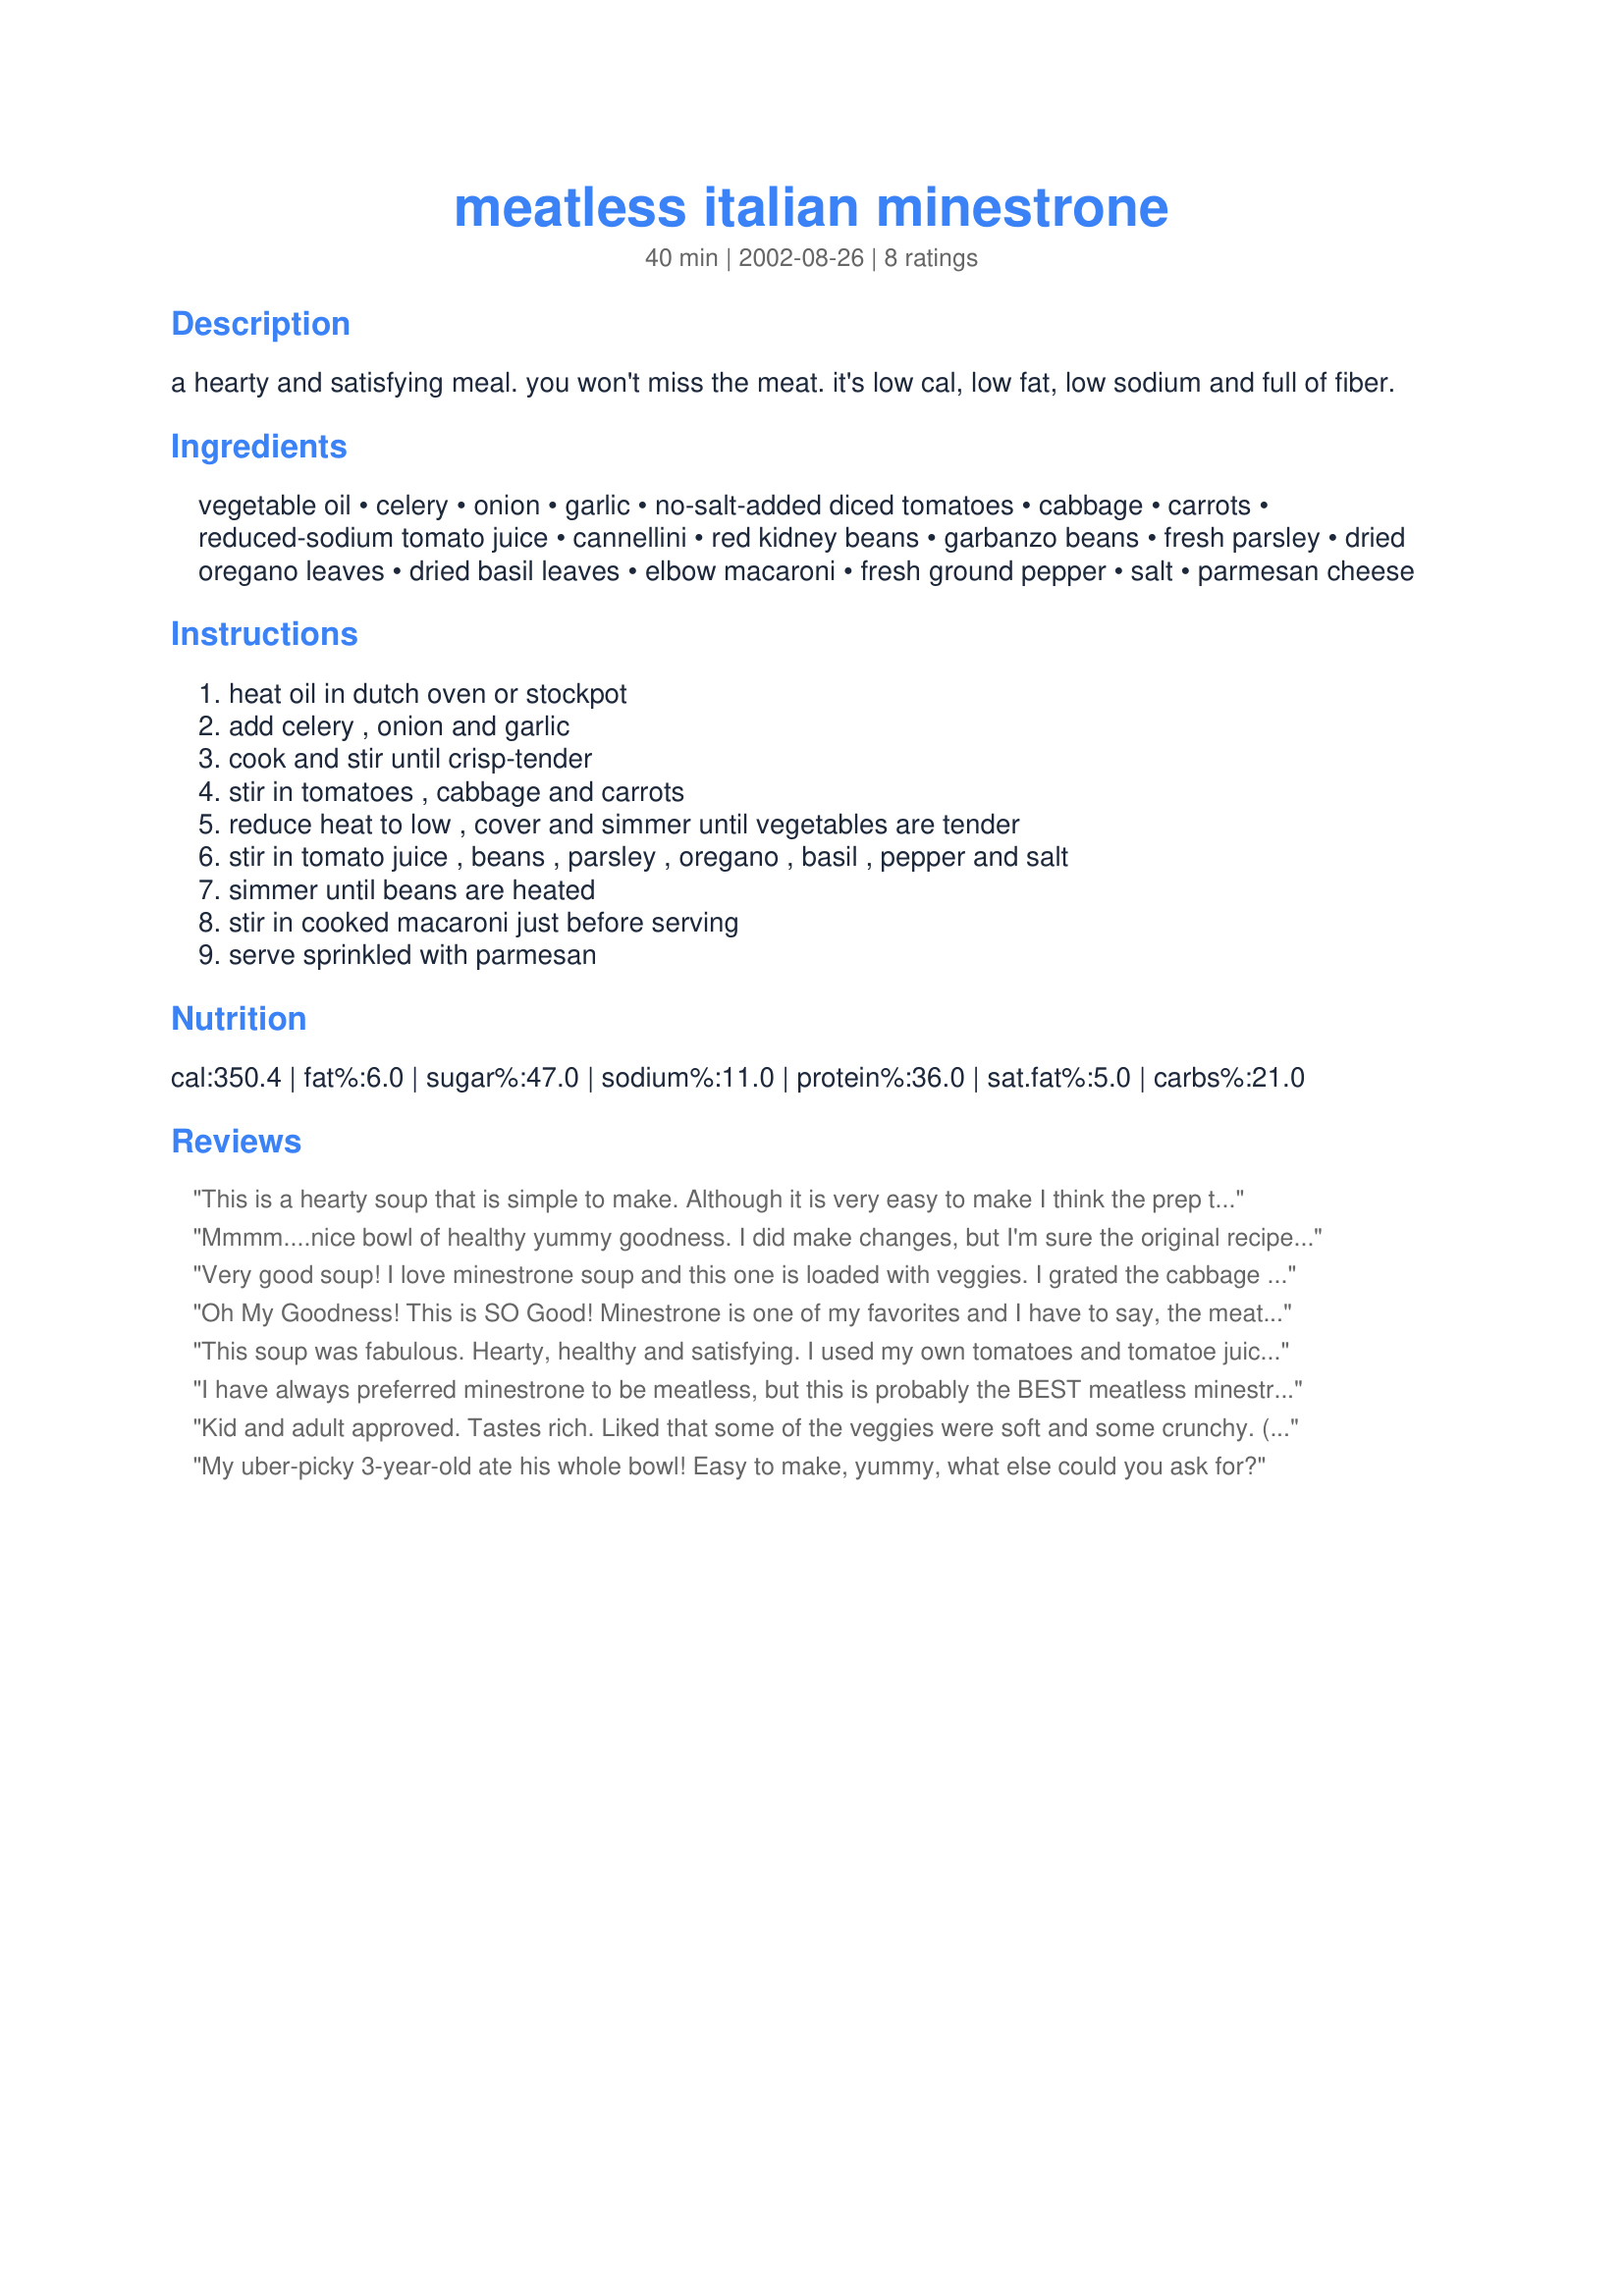
meatless italian minestrone
Preparation time: 40 minutes

a hearty and satisfying meal. you won't miss the meat. it's low cal, low fat, low sodium and full of fiber.

Ingredients:
vegetable oil, celery, onion, garlic, no-salt-added diced tomatoes, cabbage, carrots, reduced-sodium tomato juice, cannellini, red kidney beans, garbanzo beans, fresh parsley, dried oregano leaves, dried basil leaves, elbow macaroni, fresh ground pepper, salt, parmesan cheese

Steps:
heat oil in dutch oven or stockpot, add celery , onion and garlic, cook and stir until crisp-tender, stir in tomatoes , cabbage and carrots, reduce heat to low , cover and simmer until vegetables are tender, stir in tomato juice , beans , parsley , oregano , basil , pepper and salt, simmer until beans are heated, stir in cooked macaroni just before serving, serve sprinkled with parmesan

Reviews:
This is a hearty soup that is simple to make. Although it is very easy to make I think the prep time as indicated in the recipe is low. I also thought it would be helpful if approximate cooking times were indicated in the recipe directions. It took me about one hour but that included cutting up the vegetables. One change I made to the ingredients was I used low-sodium V-8 instead of tomato juice and I also used less oregano than the recipe indicated.
Mmmm....nice bowl of healthy yummy goodness. I did make changes, but I'm sure the original recipe is just as good. I used 2 cans of V-8, plus 1 can of chicken broth instead of tomato juice, added zucchini and mushrooms, and left out the cannellini beans and pasta. I'm looking forward to eating this for several days as it made a ton. Thanks for sharing this delicious recipe.
Very good soup! I love minestrone soup and this one is loaded with veggies. I grated the cabbage because I find cabbage takes a long time to cook. I only used 2 tsp of each of the basil and oregano. A big bowl of hot soup with a warm loaf of crusty bread makes a wonderful meal, my family really enjoyed this and like you said, they didnt miss the meat, full tummies all around the table. Thanks PanNan
Oh My Goodness! This is SO Good! Minestrone is one of my favorites and I have to say, the meat was never missed! This soup is so full of wonderful fresh vegetables and flavor that I know it will become a favorite around my house! I made as directed, however using V-8 instead of regular tomato juice. I also used dried parsley, adjusting properly. Thanks so much, PanNan!
This soup was fabulous. Hearty, healthy and satisfying. I used my own tomatoes and tomatoe juice that I can every year, and this is a great way to capitalize on that bounty. Thank you PanNan for sharing the recipe. It is one I'm sure will become a family favorite.
I have always preferred minestrone to be meatless, but this is probably the BEST meatless minestrone I've ever made/eaten! It's very hearty, tasty and filling. I used low-sodium vegetable juice instead of plain tomato juice; no other changes were made. This recipe makes a nice sized pot of soup and I'm more than happy about that! Thanx for this great recipe. I'll be making this again!
Kid and adult approved. Tastes rich. Liked that some of the veggies were soft and some crunchy. (I cooked the cabbage a little less than recommended.) One person suggested 1/4 tsp sugar to balance the acid. That could have to do with type of tomato juice I used. I agree that prep time should be longer, but you can do some prep while cooking. I used fresh basil and fresh tomatoes.
My uber-picky 3-year-old ate his whole bowl! Easy to make, yummy, what else could you ask for?
